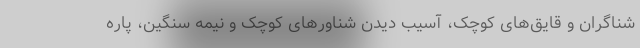
شناگران و قایق‌های کوچک، آسیب دیدن شناور‌های کوچک و نیمه سنگین، پاره